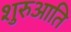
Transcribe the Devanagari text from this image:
शुरुआति